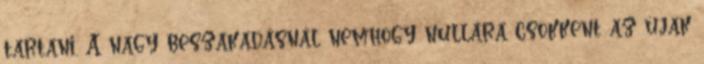
tartani. A nagy beszakadásnál nemhogy nullára csökkent az újak